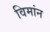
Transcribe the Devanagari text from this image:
विमांन